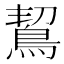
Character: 𪀡